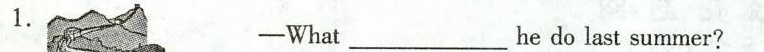
1. ——What___he do last summer？